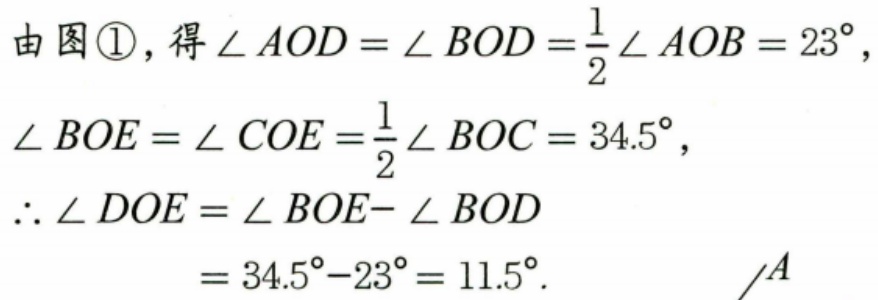
由图\textcircled{1}，得\(\angle AOD = \angle BOD=\frac{1}{2}\angle AOB = 23^{\circ}\)，
\(\angle BOE = \angle COE=\frac{1}{2}\angle BOC = 34.5^{\circ}\)，
\(\therefore \angle DOE = \angle BOE - \angle BOD\)
\(= 34.5^{\circ}-23^{\circ}= 11.5^{\circ}\).